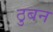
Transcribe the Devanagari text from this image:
ठुबन